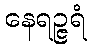
နေရဉ္ဇရံ